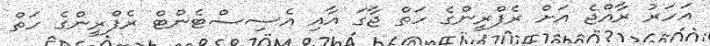
އަހަރު ރާއްޖެ އަށް ރެފްރީންގެ ހަތް ޖާގަ އާއި އެސިސްޓެންޓް ރެފްރީންގެ ހަތް